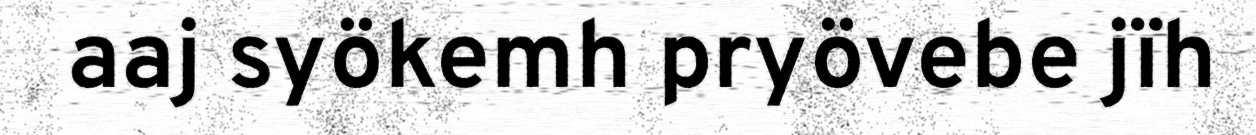
aaj syökemh pryövebe jïh